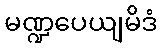
မဏ္ဍပေယျမိဒံ